DOW-UAP-D48, Department of the Air Force Report, 1996
Agency: Department of War
Incident date: 9/10/96
Page 92
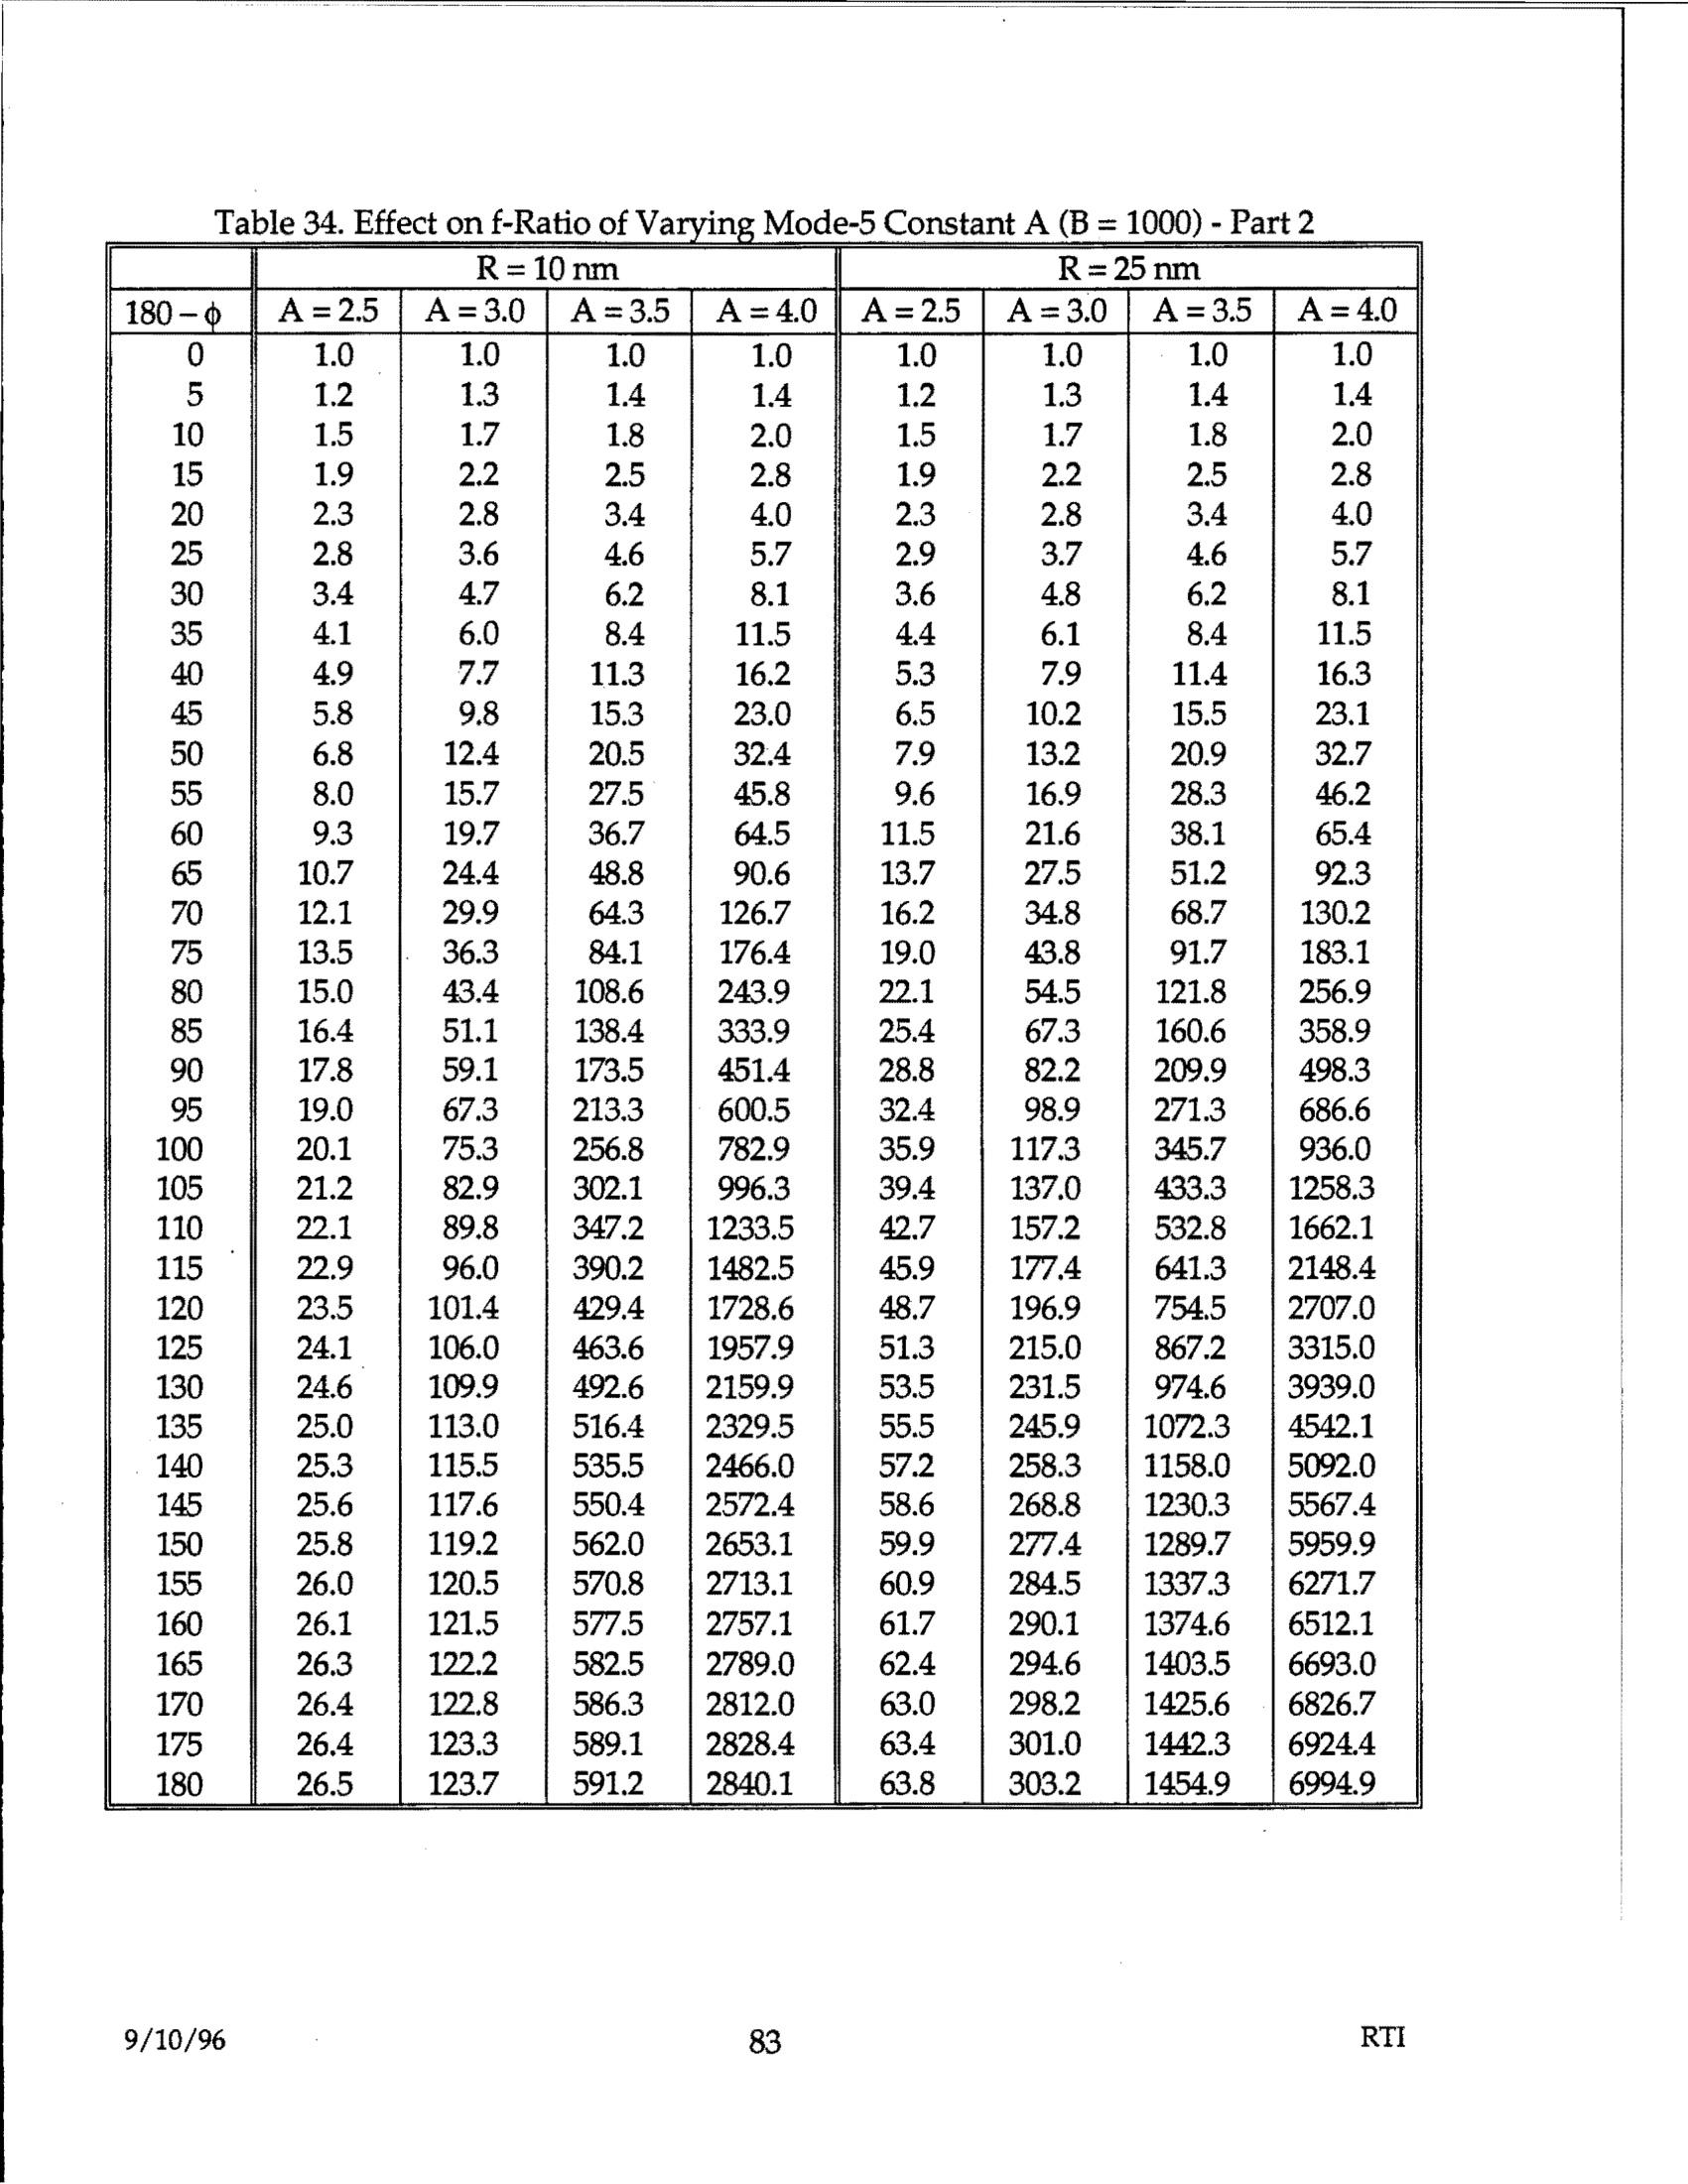